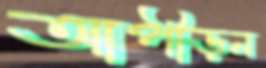
আপীড়ন